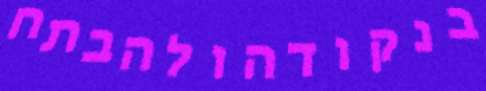
בנקודהולהבתח